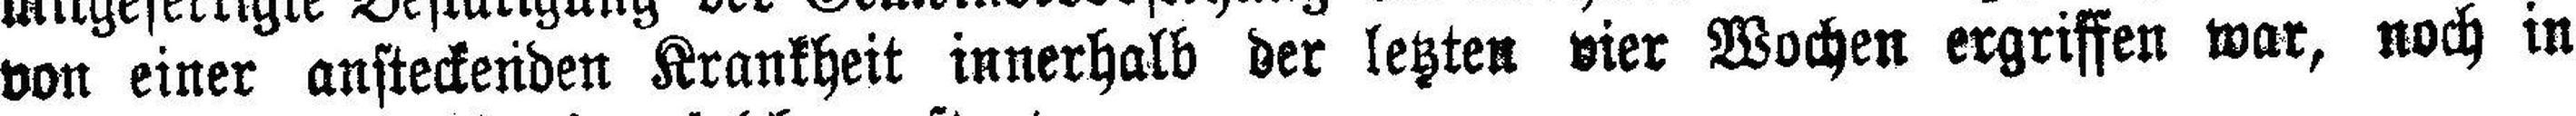
von einer ansteckenden Krankheit innerhalb der letzten vier Wochen ergriffen war, noch in